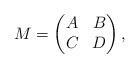
LaTeX: \begin{align*}M=\begin{pmatrix}A & B\\C & D\end{pmatrix},\end{align*}